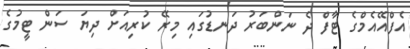
އެފްއޭއެމްގެ ޓާފް ދެ ނަންބަރު ދަނޑުގައި މިރޭ ކުރިއަށް ދިޔަ ސަން ޓީމުގެ